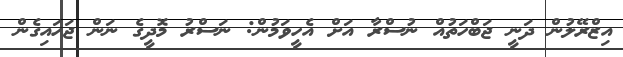
އިޒްރޭލުން ދަނީ ޖަބްހަތުއް ނުސްރާ އަށް އެހީވަމުން: ނަސްރު މޮދީގެ ނަން ޖަހައިގެން